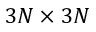
3 N \times 3 N